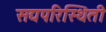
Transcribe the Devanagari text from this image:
सद्यपरिस्थिती